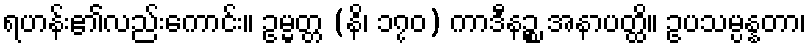
ရဟန်း၏လည်းကောင်း။ ဥမ္မတ္တ (နိ၊ ၁၇၀) ကာဒီနဉ္စ အနာပတ္ထိ။ ဥပသမ္ပန္နတာ၊